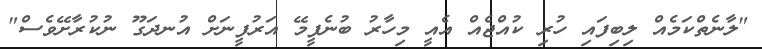
"ލާނެތްކަމެއް ލިބިފައި ހުރި ކުއްޖެއް އެއީ މިހާރު ބުނެފީމޭ އަރުފީނަށް އުނދަގޫ ނުކުރާށޭވެސް"